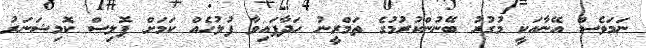
ނަމަވެސް އޭނާއަކީ މުގުރު ބޭނުންކުރުމުގެ ތަމްރީނު ހަދާފައިވާ ފުލުހެއް ކަމަށް ޕޮލިސް ކޮމިޝަނަރު